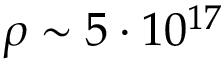
\rho \sim 5 \cdot 1 0 ^ { 1 7 }